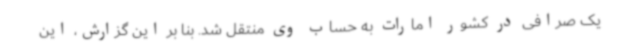
یک صرافی در کشور امارات به حساب وی منتقل شد. بنا بر این گزارش، این